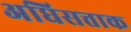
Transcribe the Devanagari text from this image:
अधिसत्ताक